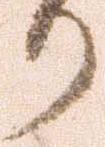
り